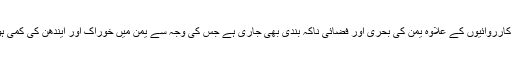
ان فضائی کارروائیوں کے علاوہ یمن کی بحری اور فضائی ناکہ بندی بھی جاری ہے جس کی وجہ سے یمن میں خوراک اور ایندھن کی کمی ہو گئی ہے۔